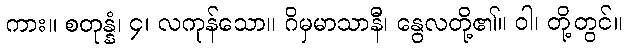
ကား။ စတုန္နံ၊ ၄၊ လကုန်သော။ ဂိမှမာသာနီ၊ နွေလတို့၏။ ဝါ၊ တို့တွင်။